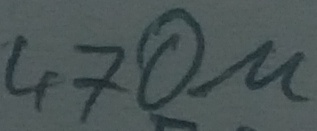
Text: 470µ